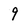
Character: 9